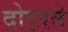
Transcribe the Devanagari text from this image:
दोहरते